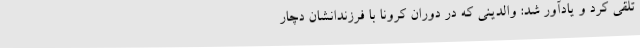
تلقی کرد و یادآور شد: والدینی که در دوران کرونا با فرزندانشان دچار